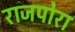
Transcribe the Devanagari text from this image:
राजपोरा